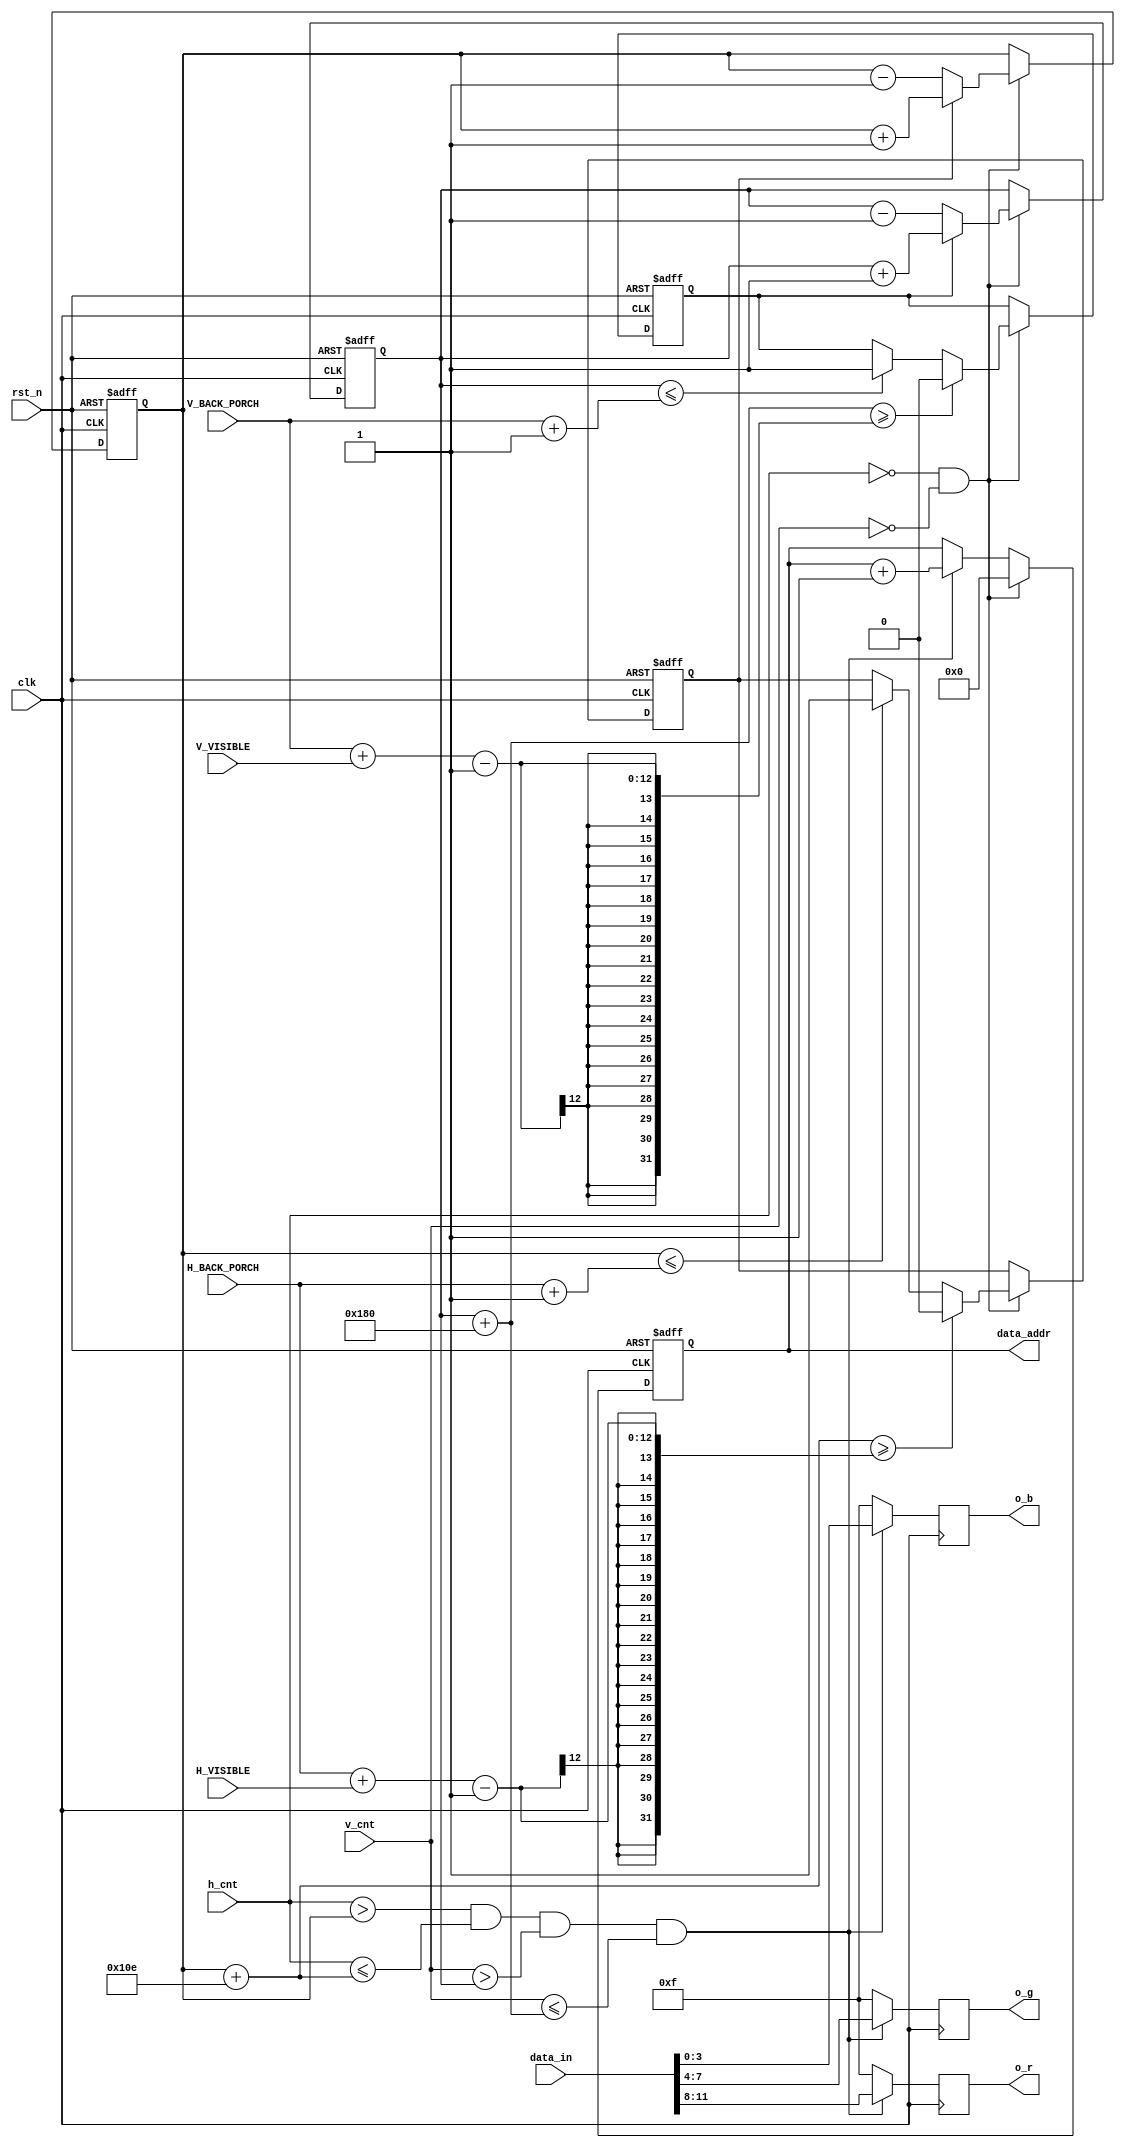
`timescale 1ns / 1ps
//////////////////////////////////////////////////////////////////////////////////
// Company: 
// Engineer: 
// 
// Design Name: 
// Module Name: coe_display
// Project Name: 
// Target Devices: 
// Tool Versions: 
// Description: 
// 
// Dependencies: 
// 
// Revision:
// Revision 0.01 - File Created
// Additional Comments:
// 
//////////////////////////////////////////////////////////////////////////////////


module coe_display(
    input clk,
    input rst_n,
    input [10:0] h_cnt,
    input [10:0] v_cnt,
    input [11:0] data_in,
    input [10:0] H_VISIBLE,
    input [10:0] H_BACK_PORCH,
    input [10:0] V_VISIBLE,
    input [10:0] V_BACK_PORCH,
    output reg [16:0] data_addr,
    output [3:0] o_r,
    output [3:0] o_g,
    output [3:0] o_b
    );
    
    parameter PICTURE_WIDTH = 270;
    parameter PICTURE_HEIGHT = 384;
    
    reg x_dir;
    reg y_dir;
    reg[10:0] x;
    reg[10:0] y;
    always @(posedge clk, negedge rst_n) begin
        if(~rst_n) begin
            x_dir <= 1;
            y_dir <= 1;
            x <= 100;
            y <= 100;
        end
        else
        if(h_cnt == 0 & v_cnt == 0) begin
            if(x_dir)       //1 go right
                x <= x+1;
            else            //0 go left
                x <= x-1;
            if(y_dir)       //1 go down
                y <= y+1;
            else            //0 go up
                y <= y-1;
            if(x <= H_BACK_PORCH + 1)
                x_dir <= 1;
            if(x + PICTURE_WIDTH >= (H_BACK_PORCH + H_VISIBLE) - 1)
                x_dir <= 0;
            if(y <= V_BACK_PORCH + 1)
                y_dir <= 1;
            if(y + PICTURE_HEIGHT >= (V_BACK_PORCH + V_VISIBLE) - 1)
                y_dir <= 0;
        end
    end
    //270x384
    wire area = (h_cnt > x) & (h_cnt <= x + PICTURE_WIDTH)
                & (v_cnt > y) & (v_cnt <= y + PICTURE_HEIGHT);
    
    always @(posedge clk, negedge rst_n) begin
        if(~rst_n)
            data_addr <= 0;
        else if(h_cnt == 0 & v_cnt == 0)
            data_addr <= 0;
        else if(area)
            data_addr <= data_addr + 1;
    end
    reg [3:0]r;
    reg [3:0]g;
    reg [3:0]b;
    always @(posedge clk) begin
        if(area)
        begin
            r <= data_in[11:8];
            g <= data_in[7:4];
            b <= data_in[3:0];
        end
        else begin
            r <= 4'hf;
            g <= 4'hf;
            b <= 4'hf;
        end
    end
assign o_r = r;
assign o_g = g;
assign o_b = b;
endmodule